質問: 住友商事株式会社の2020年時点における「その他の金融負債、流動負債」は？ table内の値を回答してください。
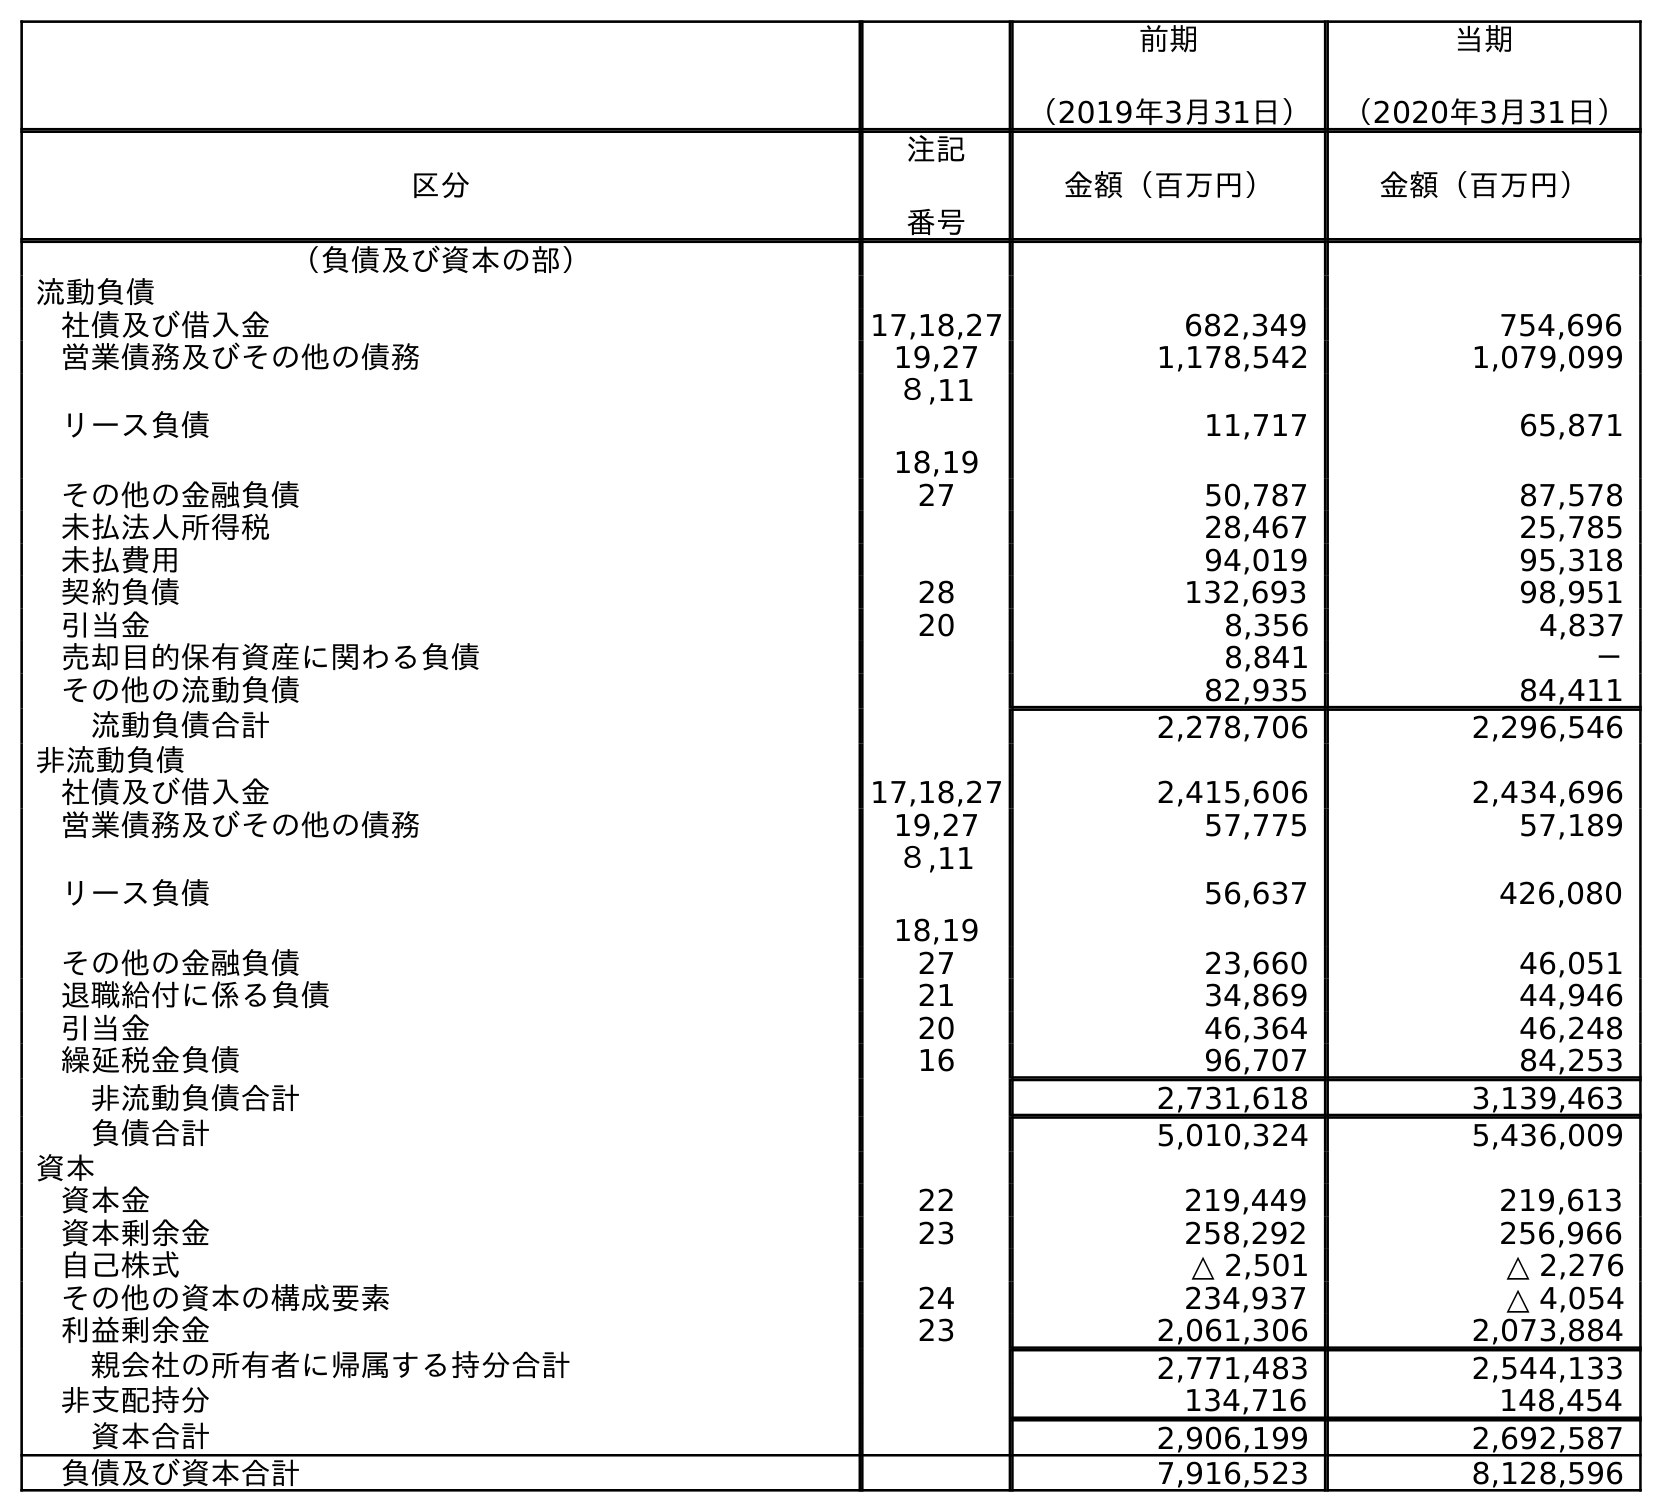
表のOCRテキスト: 前期 （2019年3月31日） 当期 （2020年3月31日） 区分 注記 番号 金額（百万円） 金額（百万円） （負債及び資本の部） 流動負債 社債及び借入金 17,18,27 682,349 754,696 営業債務及びその他の債務 19,27 1,178,542 1,079,099 リース負債 ８,11 18,19 11,717 65,871 その他の金融負債 27 50,787 87,578 未払法人所得税 28,467 25,785 未払費用 94,019 95,318 契約負債 28 132,693 98,951 引当金 20 8,356 4,837 売却目的保有資産に関わる負債 8,841 － その他の流動負債 82,935 84,411 流動負債合計 2,278,706 2,296,546 非流動負債 社債及び借入金 17,18,27 2,415,606 2,434,696 営業債務及びその他の債務 19,27 57,775 57,189 リース負債 ８,11 18,19 56,637 426,080 その他の金融負債 27 23,660 46,051 退職給付に係る負債 21 34,869 44,946 引当金 20 46,364 46,248 繰延税金負債 16 96,707 84,253 非流動負債合計 2,731,618 3,139,463 負債合計 5,010,324 5,436,009 資本 資本金 22 219,449 219,613 資本剰余金 23 258,292 256,966 自己株式 △ 2,501 △ 2,276 その他の資本の構成要素 24 234,937 △ 4,054 利益剰余金 23 2,061,306 2,073,884 親会社の所有者に帰属する持分合計 2,771,483 2,544,133 非支配持分 134,716 148,454 資本合計 2,906,199 2,692,587 負債及び資本合計 7,916,523 8,128,596
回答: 87,578